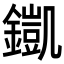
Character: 𨬫